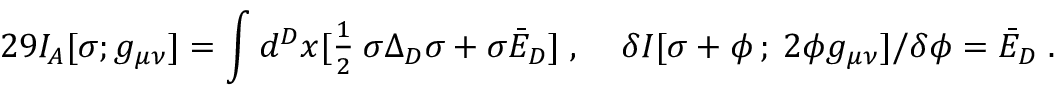
2 9 I _ { A } [ \sigma ; g _ { \mu \nu } ] = \int d ^ { D } x [ \textstyle { \frac { 1 } { 2 } } \: \sigma \Delta _ { D } \sigma + \sigma \bar { { \cal E } } _ { D } ] \; , \; \; \; \; \delta I [ \sigma + \phi \, ; \: 2 \phi g _ { \mu \nu } ] / \delta \phi = \bar { \cal E } _ { D } \; .